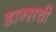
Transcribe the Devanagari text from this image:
डान्सची